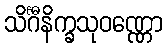
သိင်္ဂီနိက္ခသုဝဏ္ဏော